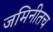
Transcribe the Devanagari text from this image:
जमिनीतच